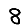
Digit: 8